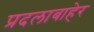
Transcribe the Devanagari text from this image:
प्रदलाबाहेर